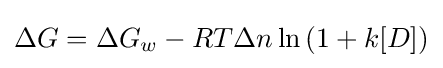
\Delta G=\Delta G_{w}-RT\Delta n\ln \left(1+k[D]\right)